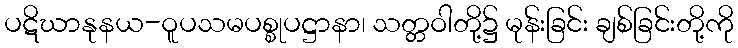
ပဋိဃာနုနယ-ဝူပသမပစ္စုပဋ္ဌာနာ၊ သတ္တဝါတို့၌ မုန်းခြင်း ချစ်ခြင်းတို့ကို